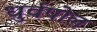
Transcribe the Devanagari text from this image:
धुर्वपोल